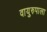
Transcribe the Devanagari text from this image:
वायुरुपाला